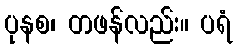
ပုနစ၊ တဖန်လည်း။ ပရံ